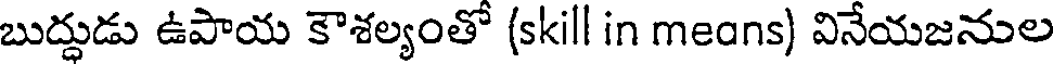
బుద్దుడు ఉపాయ కౌశల్యంతో (skill in means) వినేయజనుల